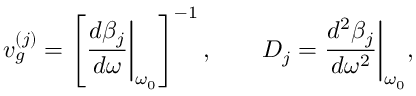
{ v _ { g } ^ { ( j ) } } = \left[ \frac { d \beta _ { j } } { d \omega } \bigg \rvert _ { \omega _ { 0 } } \right] ^ { - 1 } , \qquad D _ { j } = \frac { d ^ { 2 } \beta _ { j } } { d \omega ^ { 2 } } \bigg \rvert _ { \omega _ { 0 } } ,